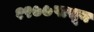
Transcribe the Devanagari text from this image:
१९७७पासून